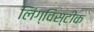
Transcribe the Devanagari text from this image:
लिंग्विस्टीक